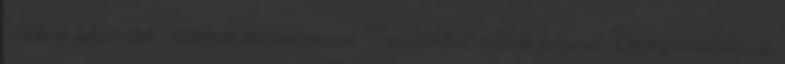
védekező folyamatok Védekező mechanizmusok Organizmikus értékelő folyamat Dezorganizálódás és